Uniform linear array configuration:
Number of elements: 12
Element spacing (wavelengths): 0.25
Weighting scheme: cosine
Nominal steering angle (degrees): -60
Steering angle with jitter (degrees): -58.629
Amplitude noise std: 0.05
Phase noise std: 0.05

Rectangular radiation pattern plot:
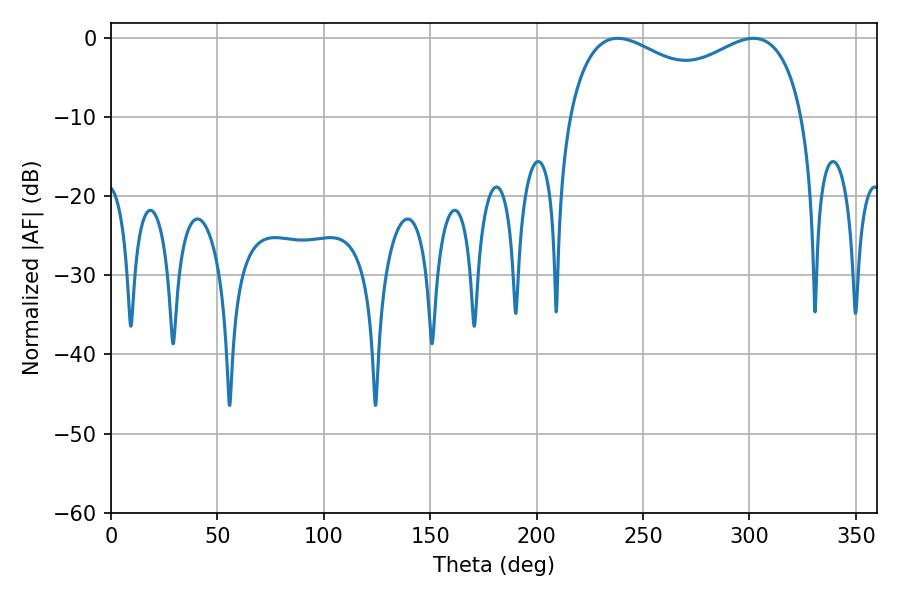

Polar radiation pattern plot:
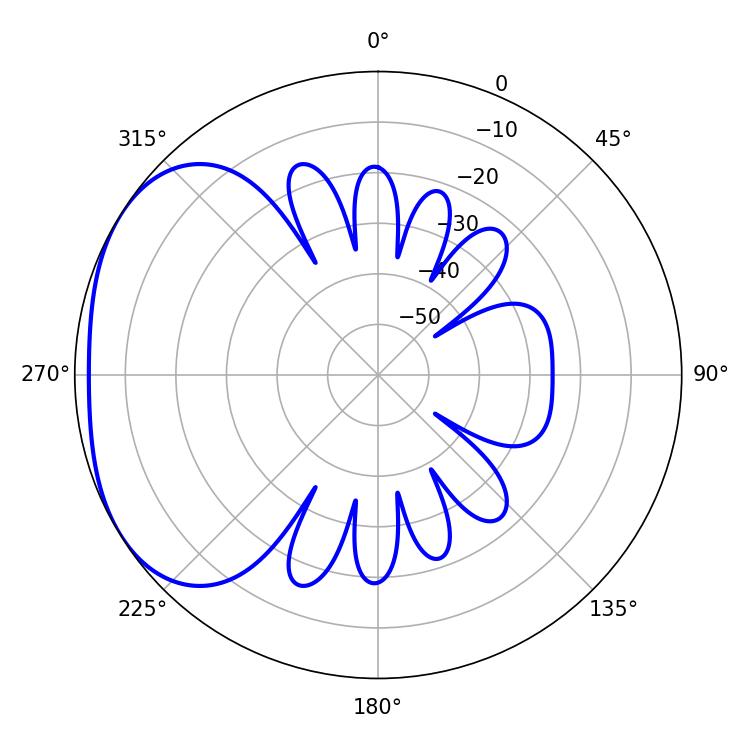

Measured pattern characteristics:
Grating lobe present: FALSE
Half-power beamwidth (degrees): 92.16
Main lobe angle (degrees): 238.14